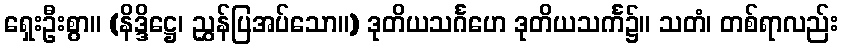
ရှေးဦးစွာ။ (နိဒ္ဒိဋ္ဌေ၊ ညွှန်ပြအပ်သော။) ဒုတိယသင်္ဂဟေ ဒုတိယသင်္က၌။ သတံ၊ တစ်ရာလည်း